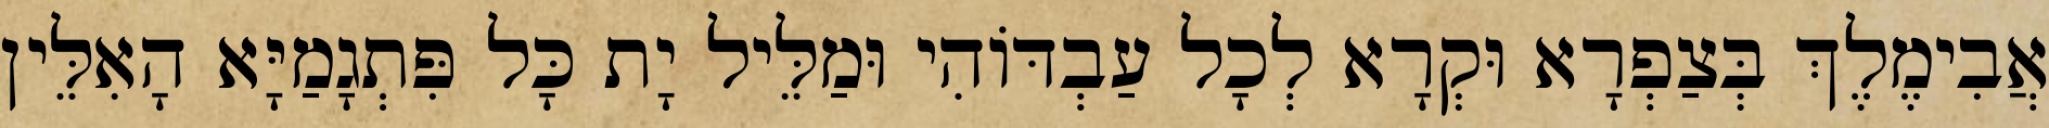
אֲבִימֶלֶךְ בְּצַפְרָא וּקְרָא לְכָל עַבְדּוֹהִי וּמַלֵּיל יָת כָּל פִּתְגָמַיָּא הָאִלֵּין